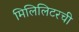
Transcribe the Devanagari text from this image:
मिलिलिटरची